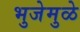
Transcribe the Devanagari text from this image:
भुजेमुळे